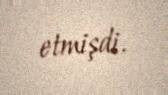
etmişdi.